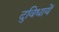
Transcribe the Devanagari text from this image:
दुविधायें